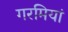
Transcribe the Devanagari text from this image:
गरमियां